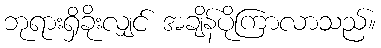
ဘုရားရှိခိုးလျှင် အချိန်ပိုကြာလာသည်။